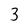
Character: 3